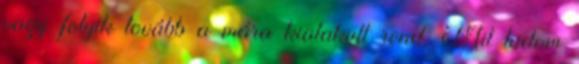
vagy folyik tovább a mára kialakult rend. Mit tudom